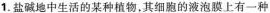
1.盐碱地中生活的某种植物，其细胞的液泡膜上有一种